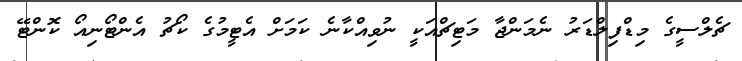
ޗެލްސީގެ މިޑްފިލްޑަރު ނެމަންޖާ މަޓިޗްއަކީ ނުވިއްކާނެ ކަމަށް އެޓީމުގެ ކޯޗު އެންޓޯނިއޯ ކޮންޓޭ